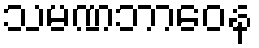
သမဏဘာဝေန